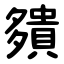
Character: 㚍